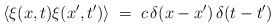
\begin{align*}\langle\xi(x,t)\xi(x',t')\rangle\; = \; c \, \delta (x-x')\, \delta (t-t')\end{align*}